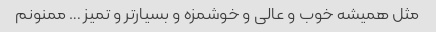
مثل همیشه خوب و عالی و خوشمزه و بسیار‌تر و تمیز … ممنونم